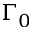
\Gamma _ { 0 }